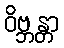
ဝိဗ္ဘန္တာ